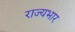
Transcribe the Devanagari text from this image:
राज्‍यभार